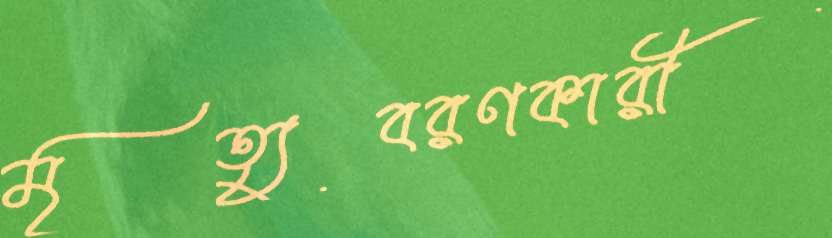
মৃত্যুবরণকারী